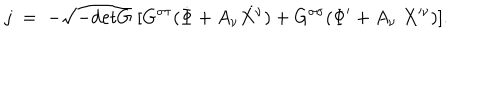
j \; = \; - \sqrt { - \mathrm { d e t } G } \; [ G ^ { \sigma \tau } ( \dot { \Phi } + A _ { \nu } \dot { X ^ { \nu } } ) + G ^ { \sigma \sigma } ( \Phi ^ { \prime } + A _ { \nu } \; X ^ { \prime \nu } ) ] .